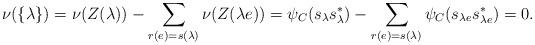
LaTeX: \begin{align*}\nu(\{\lambda\})=\nu(Z(\lambda))-\sum_{r(e)=s(\lambda)}\nu(Z(\lambda e))=\psi_C(s_\lambda s^*_\lambda)-\sum_{r(e)=s(\lambda)}\psi_C(s_{\lambda e}s^*_{\lambda e})=0.\end{align*}